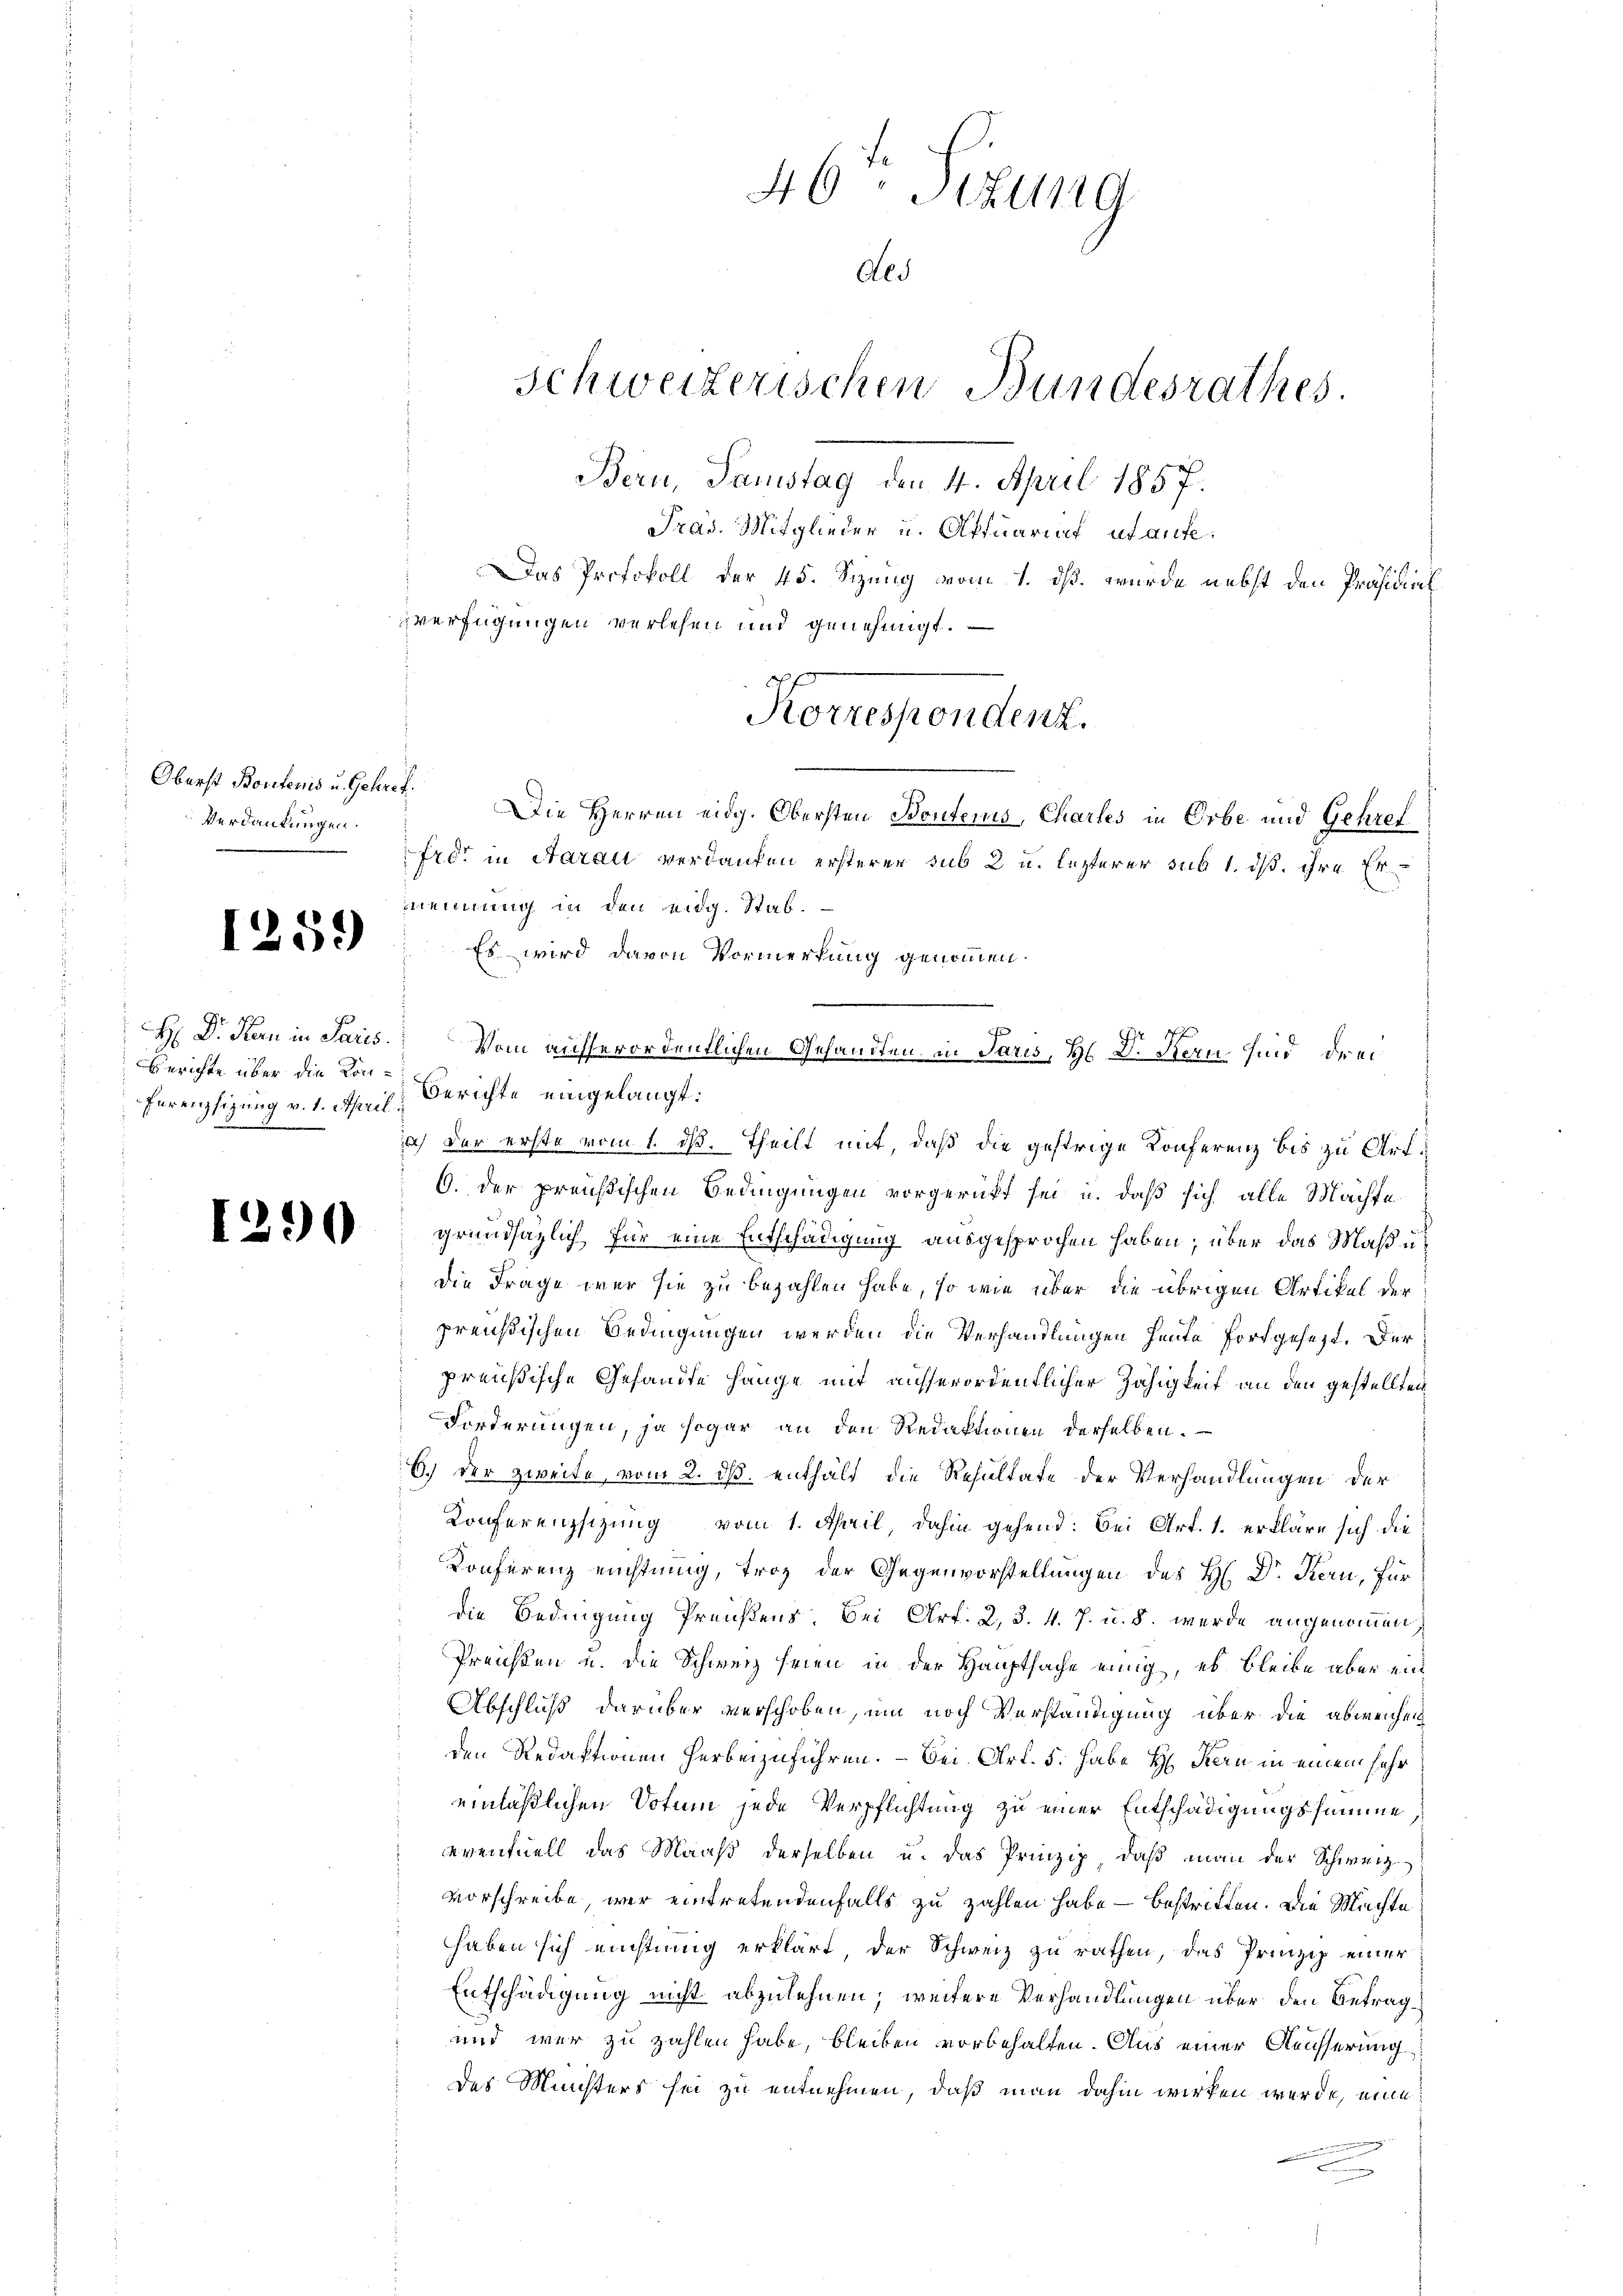
Verdankungen.

I.

1259

ferenzsizung v. 1. April u

30

40 Stzung
Als
Schweizerischen Bundesrathes.
Bern, Samstag den 4. April 1857.
Pras. Mitglieder u. Oftuariat ut aufe
Das Protokoll der 45. Sizung vom 1. dß wurde nebst den Präsidial
verfügungen verlesen und genehmigt.

Oberst Bontens u. Gehret. Die Herren eidg. Obersten Bontems, Charles in Orbe und Gehref
Frot in Aarau verdanken ersterer sub 2 u. lezterer sub 1. ds. ihre Er
mnennung in den eidg. Stab.
Es wird davon Vormerkung genommen.
Berichte über die von Berichte eingelangt:
a) der erste vom 1. ds. Theilt mit, daß die gestrige Konferenz bis zu Art.
6. Der preußischen Bedingungen vorgerückt sei u. daß sich alle Machte
grundsazlich für eine Entschädigung ausgesprochen haben; über das Maß u
Die Frage war sie zu bezahlen habe, so wie über die übrigen Artikel der
preußischen Bedingungen werden die Verhandlungen heute fortgesezt. Der
preußische Gesandte hänge mit ausserordentlicher Zähigkeit an den gestellten
Forderungen, ja sogar an den Redaktionen derselben.
6.) Der zweite, vom 2. ds. enthalt die Resultate der Verhandlungen der
Konferenzsizung vom 1. April, dahin gehend: Bei Art. 1. erkläre sich die
Konferenz nichtung, Troz der Gegenvorstellungen des H. Dr Kern, für
die Bedingung Preißens. Bei Art. 2, 3. 4. 7. u. s. werde angenommen,
Preisen u. die Schweiz Frien in der Hauptsache einig, es bleibe aber ein
Abschluß darüber verschoben, um noch Verständigung über die abweichen
den Redaktionen herbeizuführen. – Bei Art. 5. habe H. Kern in einem sehr
einläßlichen Votum jede Verpflichtung zu einer Entschädigungssumme
eventuell das Maaß derselben u. das Prinzip, daß man der Schweiz
vorschreibe, wer eintretendenfalls zu zahlen habe – bestritten. Die Machte
haben sich nichtung erklärt der Schweiz zu rathen, das Prinzip einer
Entschädigung nicht abzulehnen; weitere Verhandlungen über den Betrag¬
und war zu zahlen habe, bleiben vorbehalten. Aus einer Aeusserung
des Misters sei zu entnehmen, daß man dahin wirken werde, eine

Korrespondenz.

J
Nr 17
H Dr. Kan in Paris. Vom aufserordentlichen Gehandlen in Paris, H. d. Stern sind drei